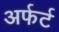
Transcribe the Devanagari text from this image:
अर्फर्ट